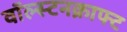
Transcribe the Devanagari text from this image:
वॉल्स्टनक्राफ्ट